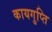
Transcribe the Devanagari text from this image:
कायगुप्ति